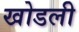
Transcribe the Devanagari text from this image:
खोडली